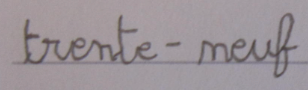
trente-neuf